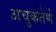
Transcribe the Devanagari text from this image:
अचुकतेणे